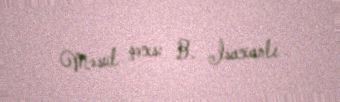
Məsul şəxs: B. İsaxanlı